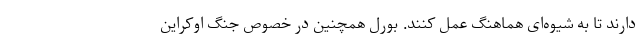
دارند تا به شیوه‌ای هماهنگ عمل کنند. بورل همچنین در خصوص جنگ اوکراین